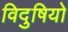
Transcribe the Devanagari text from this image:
विदुषियो